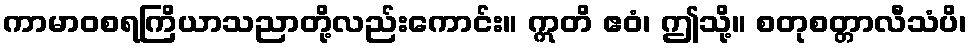
ကာမာဝစရကြိယာသညာတို့လည်းကောင်း။ ဣတိ ဧဝံ၊ ဤသို့။ စတုစတ္တာလီသံပိ၊